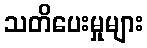
သတိပေးမှုများ